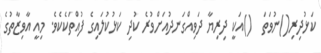
ކަޅުދިރި()ނުވަތަ  ()އަކީ ދިރިޔާ ދަވިއްގަނދުއަށްވުރެ ކުދި ކަޅުކުލައިގެ ފުއްތަކެކެވެ. މިއީ އާވިޒާތުގެ